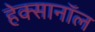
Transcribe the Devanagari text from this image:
हेक्सानॉल